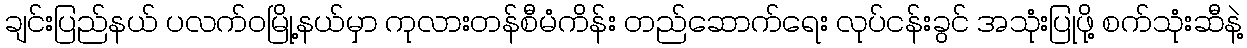
ချင်းပြည်နယ် ပလက်ဝမြို့နယ်မှာ ကုလားတန်စီမံကိန်း တည်ဆောက်ရေး လုပ်ငန်းခွင် အသုံးပြုဖို့ စက်သုံးဆီနဲ့